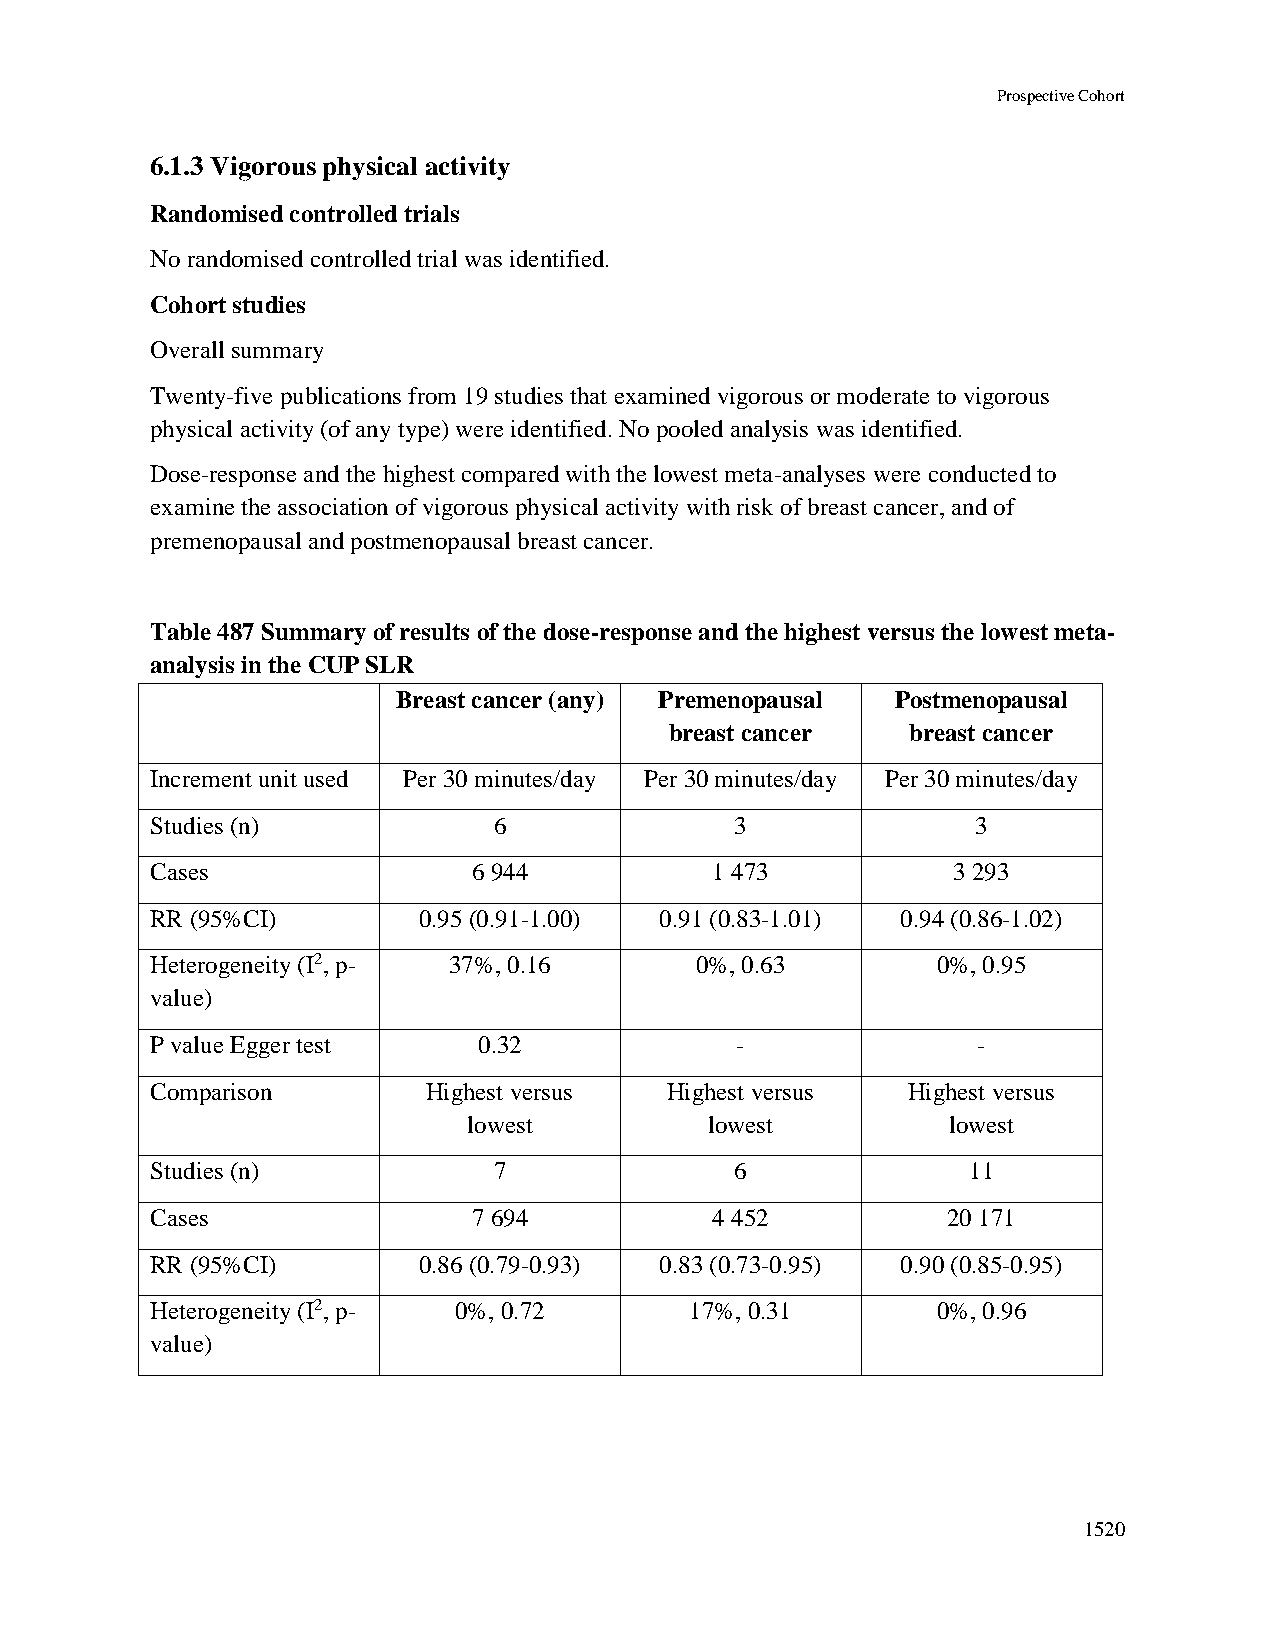
Prospective Cohort
 6.1.3 Vigorous physical activity
 Randomised controlled trials
 No randomised controlled trial was identified.
 Cohort studies
 Overall summary
 Twenty-five publications from 19 studies that examined vigorous or moderate to vigorous
 physical activity (of any type) were identified. No pooled analysis was identified.
 Dose-response and the highest compared with the lowest meta-analyses were conducted to
 examine the association of vigorous physical activity with risk of breast cancer, and of
 premenopausal and postmenopausal breast cancer.
 Table 487 Summary of results of the dose-response and the highest versus the lowest meta-
 analysis in the CUP SLR
 Breast cancer (any) Premenopausal Postmenopausal
 breast cancer   breast cancer
 Increment unit used Per 30 minutes/day Per 30 minutes/day Per 30 minutes/day
 Studies (n)            6               3               3
 Cases                6 944           1 473           3 293
 RR (95%CI)        0.95 (0.91-1.00) 0.91 (0.83-1.01) 0.94 (0.86-1.02)
 Heterogeneity (I2, p- 37%, 0.16     0%, 0.63        0%, 0.95
 value)
 P value Egger test    0.32             -               -
 Comparison        Highest versus  Highest versus  Highest versus
 lowest          lowest          lowest
 Studies (n)            7               6              11
 Cases                7 694           4 452           20 171
 RR (95%CI)        0.86 (0.79-0.93) 0.83 (0.73-0.95) 0.90 (0.85-0.95)
 Heterogeneity (I2, p- 0%, 0.72      17%, 0.31       0%, 0.96
 value)
 1520